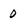
Character: 0